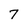
Character: 7